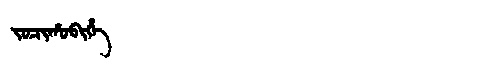
Manchu: ᠵᠣᠴᡳᡥᠣᠪᡳᡥᡝ
Romanization: JOCIHOBIHE